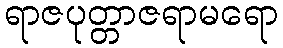
ရာဇပုတ္တာဇရာမရော